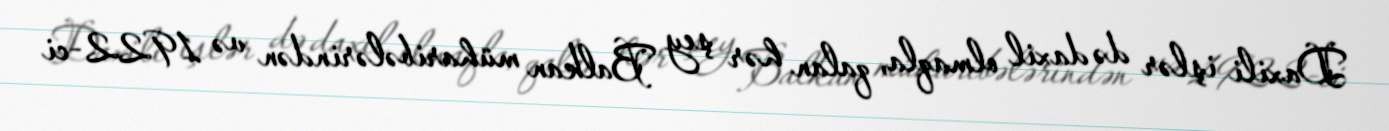
Daxili işlər də daxil olmaqla, qalan hər şey Balkan müharibələrindən və 1922-ci